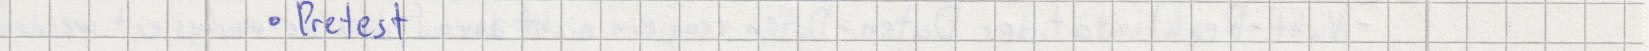
Pretest